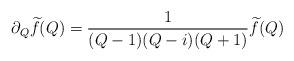
LaTeX: \begin{align*} \partial_Q \widetilde{f}(Q) = \frac{1}{(Q-1)(Q-i)(Q+1)} \widetilde{f}(Q)\end{align*}